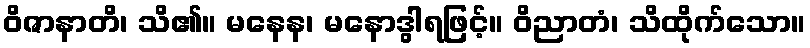
ဝိဇာနာတိ၊ သိ၏။ မနေန၊ မနောဒွါရဖြင့်။ ဝိညာတံ၊ သိထိုက်သော။